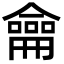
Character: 龠